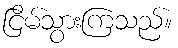
ငြိမ်သွားကြသည်။